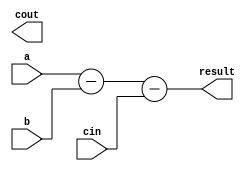
module Subtractor (
    input wire [3:0] a,
    input wire [3:0] b,
    input wire cin,
    output wire [3:0] result,
    output wire cout
);

wire [3:0] sum;

assign sum = a - b - cin;

assign result = sum;
assign cout = sum[4];

endmodule